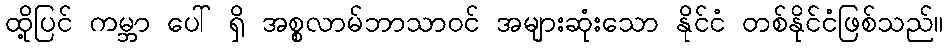
ထို့ပြင် ကမ္ဘာ ပေါ် ရှိ အစ္စလာမ်ဘာသာဝင် အများဆုံးသော နိုင်ငံ တစ်နိုင်ငံဖြစ်သည်။